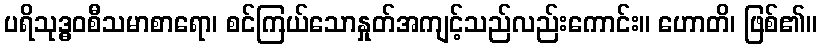
ပရိသုဒ္ဓဝစီသမာစာရော၊ စင်ကြယ်သောနှုတ်အကျင့်သည်လည်းကောင်း။ ဟောတိ၊ ဖြစ်၏။